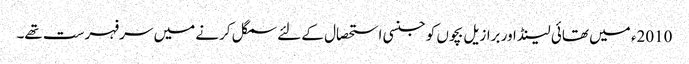
2010ء میں تھائی لینڈ اور برازیل بچوں کو جنسی استحصال کے لئے سمگل کرنے میں سرفہرست تھے۔